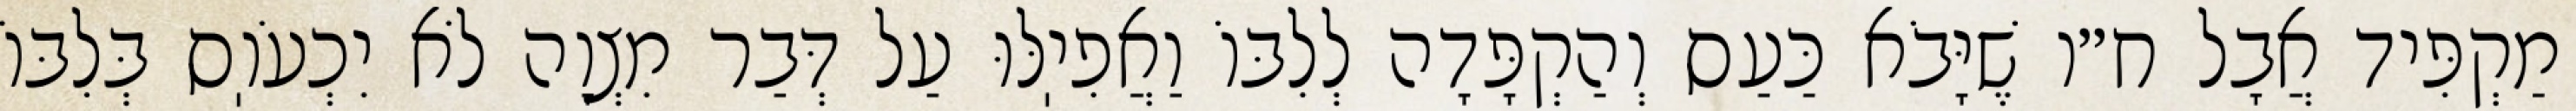
מַקְפִּיד אֲבָל ח״ו שֶׁיָּבֹא כַּעַס וְהַקְפָּדָה לְלִבּוֹ וַאֲפִיֽלּוּ עַל דְּבַר מִצְוָה לֹא יִכְעֹוֽס בְּלִבּוֹ